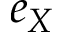
e _ { X }